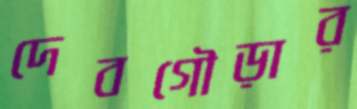
দেবগৌড়ার